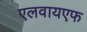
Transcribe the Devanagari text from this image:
एलवायएफ